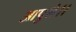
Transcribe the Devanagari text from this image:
आपुले।।